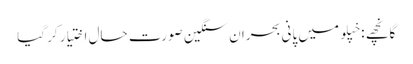
گانچھے : خپلو میں پانی بحران سنگین صورت حال اختیار کر گیا